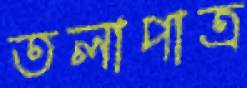
তলাপাত্র